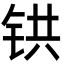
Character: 𫟹